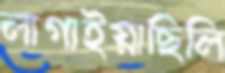
লাগাইয়াছিলি